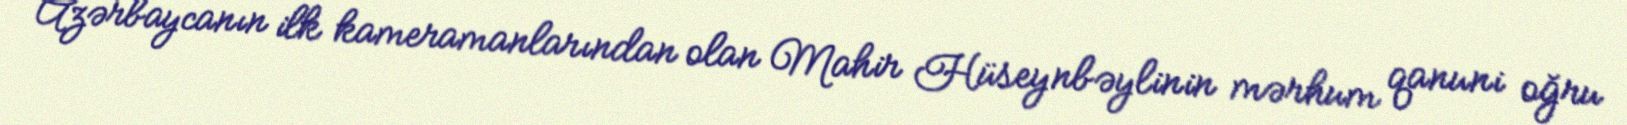
Azərbaycanın ilk kameramanlarından olan Mahir Hüseynbəylinin mərhum qanuni oğru